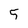
Character: 5